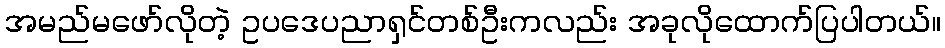
အမည်မဖော်လိုတဲ့ ဥပဒေပညာရှင်တစ်ဦးကလည်း အခုလိုထောက်ပြပါတယ်။